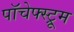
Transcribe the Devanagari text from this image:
पॉचेफ्स्ट्रूम